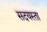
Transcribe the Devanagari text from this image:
सदयस्ता